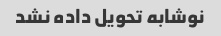
نوشابه تحویل داده نشد